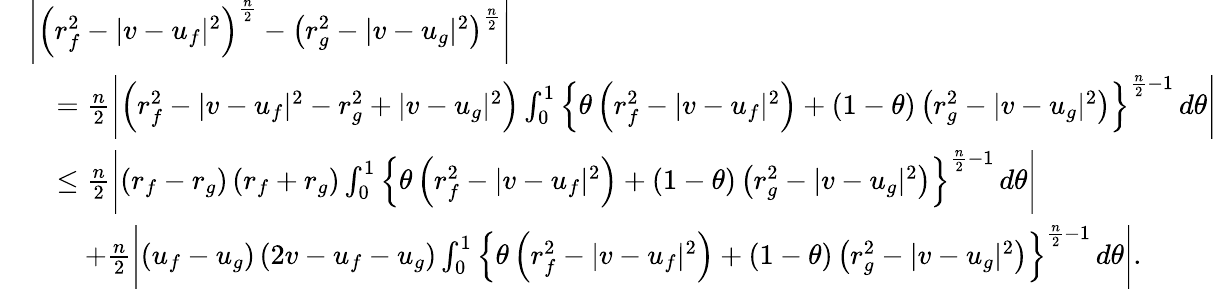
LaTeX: \begin{array}{rl}&{\left|\left(r_{f}^{2}-|v-u_{f}|^{2}\right)^{\frac n2}-\left(r_{g}^{2}-|v-u_{g}|^{2}\right)^{\frac n2}\right|}\\ &{\quad=\frac n2\left|\left(r_{f}^{2}-|v-u_{f}|^{2}-r_{g}^{2}+|v-u_{g}|^{2}\right)\int_{0}^{1}\left\{ \theta\left(r_{f}^{2}-|v-u_{f}|^{2}\right)+(1-\theta)\left(r_{g}^{2}-|v-u_{g}|^{2}\right)\right\} ^{\frac n2-1}\, d\theta\right|}\\ &{\quad\le\frac n2\left|\left(r_{f}-r_{g}\right)\left(r_{f}+r_{g}\right)\int_{0}^{1}\left\{ \theta\left(r_{f}^{2}-|v-u_{f}|^{2}\right)+(1-\theta)\left(r_{g}^{2}-|v-u_{g}|^{2}\right)\right\} ^{\frac n2-1}\, d\theta\right|}\\ &{\qquad+\frac n2\left|(u_{f}-u_{g})\left(2v-u_{f}-u_{g}\right)\int_{0}^{1}\left\{ \theta\left(r_{f}^{2}-|v-u_{f}|^{2}\right)+(1-\theta)\left(r_{g}^{2}-|v-u_{g}|^{2}\right)\right\} ^{\frac n2-1}\, d\theta\right|.}\end{array}